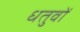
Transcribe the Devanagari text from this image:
धतुवों